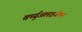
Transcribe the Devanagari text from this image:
वर्च्युअलाइजेशन